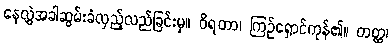
နေလွှဲအခါဆွမ်းခံလှည့်လည်ခြင်းမှ။ ဝိရတာ၊ ကြဉ်ရှောင်ကုန်၏။ တတ္ထ၊